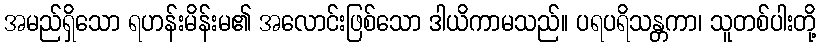
အမည်ရှိသော ရဟန်းမိန်းမ၏ အလောင်းဖြစ်သော ဒါယိကာမသည်။ ပရပရိသန္တကာ၊ သူတစ်ပါးတို့